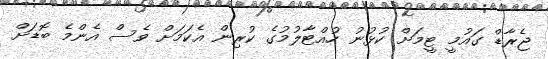
ޖެރާޑް ގައުމީ ޓީމަށް ކުޅުނު ހުއްޓާލުމުގެ ކުރިން އެކަމަށް ވެސް އެންމެ ބޮޑަށް